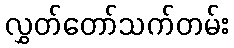
လွှတ်တော်သက်တမ်း